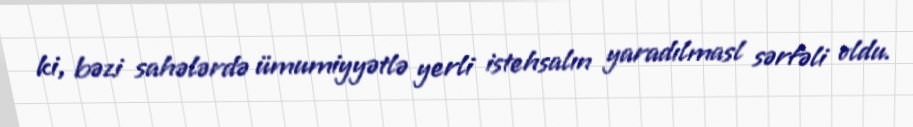
ki, bəzi sahələrdə ümumiyyətlə yerli istehsalın yaradılmasl sərfəli oldu.